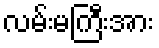
လမ်းမကြီးအား